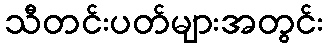
သီတင်းပတ်များအတွင်း